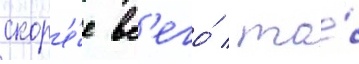
скор'е́е вс'его́ / то́